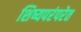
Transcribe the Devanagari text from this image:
शिष्यपरंपरेत